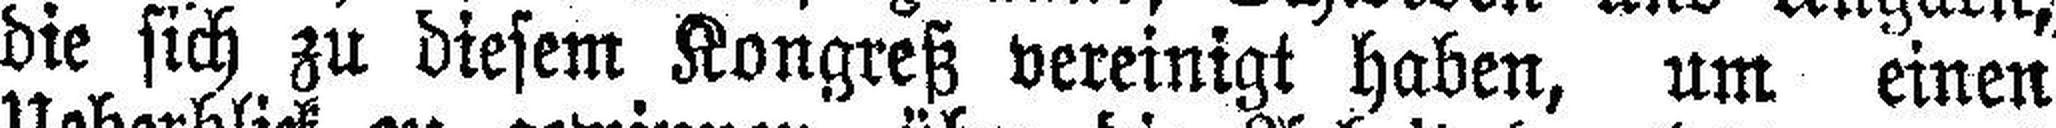
die sich zu diesem Kongreß vereinigt haben, um einen